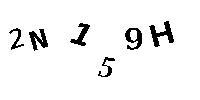
2N159H